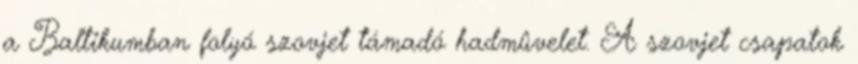
a Baltikumban folyó szovjet támadó hadmûvelet. A szovjet csapatok